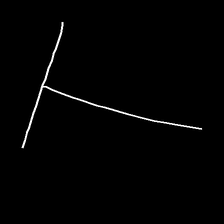
Glyph: column